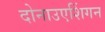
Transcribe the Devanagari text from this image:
दोनाउएशिंगन